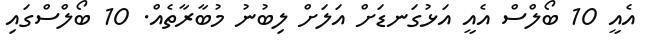
އެއީ 10 ބޯލްސް އެއީ އަޅުގަނޑަށް އަލަށް ލިބުނު މުބާރާތެއް. 10 ބޯލްސްގައި